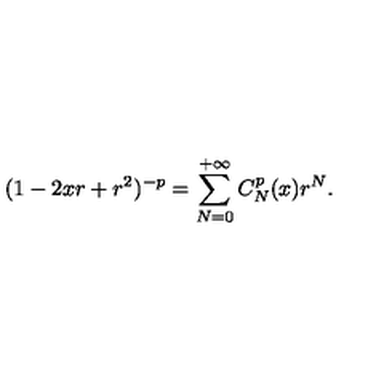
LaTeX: ( 1 - 2 x r + r ^ { 2 } ) ^ { - p } = \sum _ { N = 0 } ^ { + \infty } C _ { N } ^ { p } ( x ) r ^ { N } .